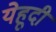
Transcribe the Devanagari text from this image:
येहूदी